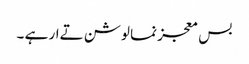
بس معجز نما لوشن تےار ہے ۔